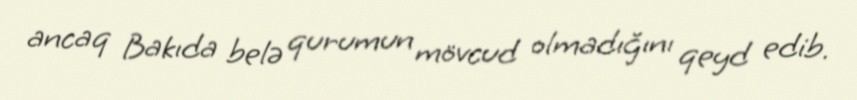
ancaq Bakıda belə qurumun mövcud olmadığını qeyd edib.